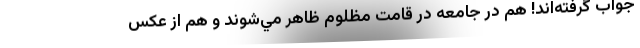
جواب گرفته‌اند! هم در جامعه در قامت مظلوم ظاهر مي‌شوند و هم از عکس